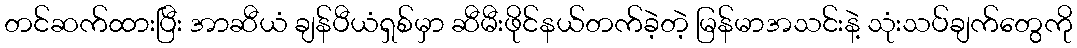
တင်ဆက်ထားပြီး အာဆီယံ ချန်ပီယံရှစ်မှာ ဆီမီးဖိုင်နယ်တက်ခဲ့တဲ့ မြန်မာအသင်းနဲ့ သုံးသပ်ချက်တွေကို